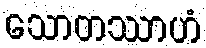
သောတဿာဟံ